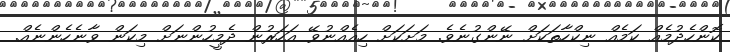
ކޮންހެދުމެއް ކަމެއް ނިކްހާތަކަށް ނޭންގުނެވެ. މަށަކަށް ހިއެއްނުވޭ އަހަރުން ދެމީހުންނަށް މިކަން ވާނެހެންނެއް.